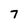
Character: 7